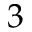
3